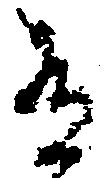
有